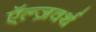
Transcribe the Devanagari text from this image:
ऍल्ज़वर्थ